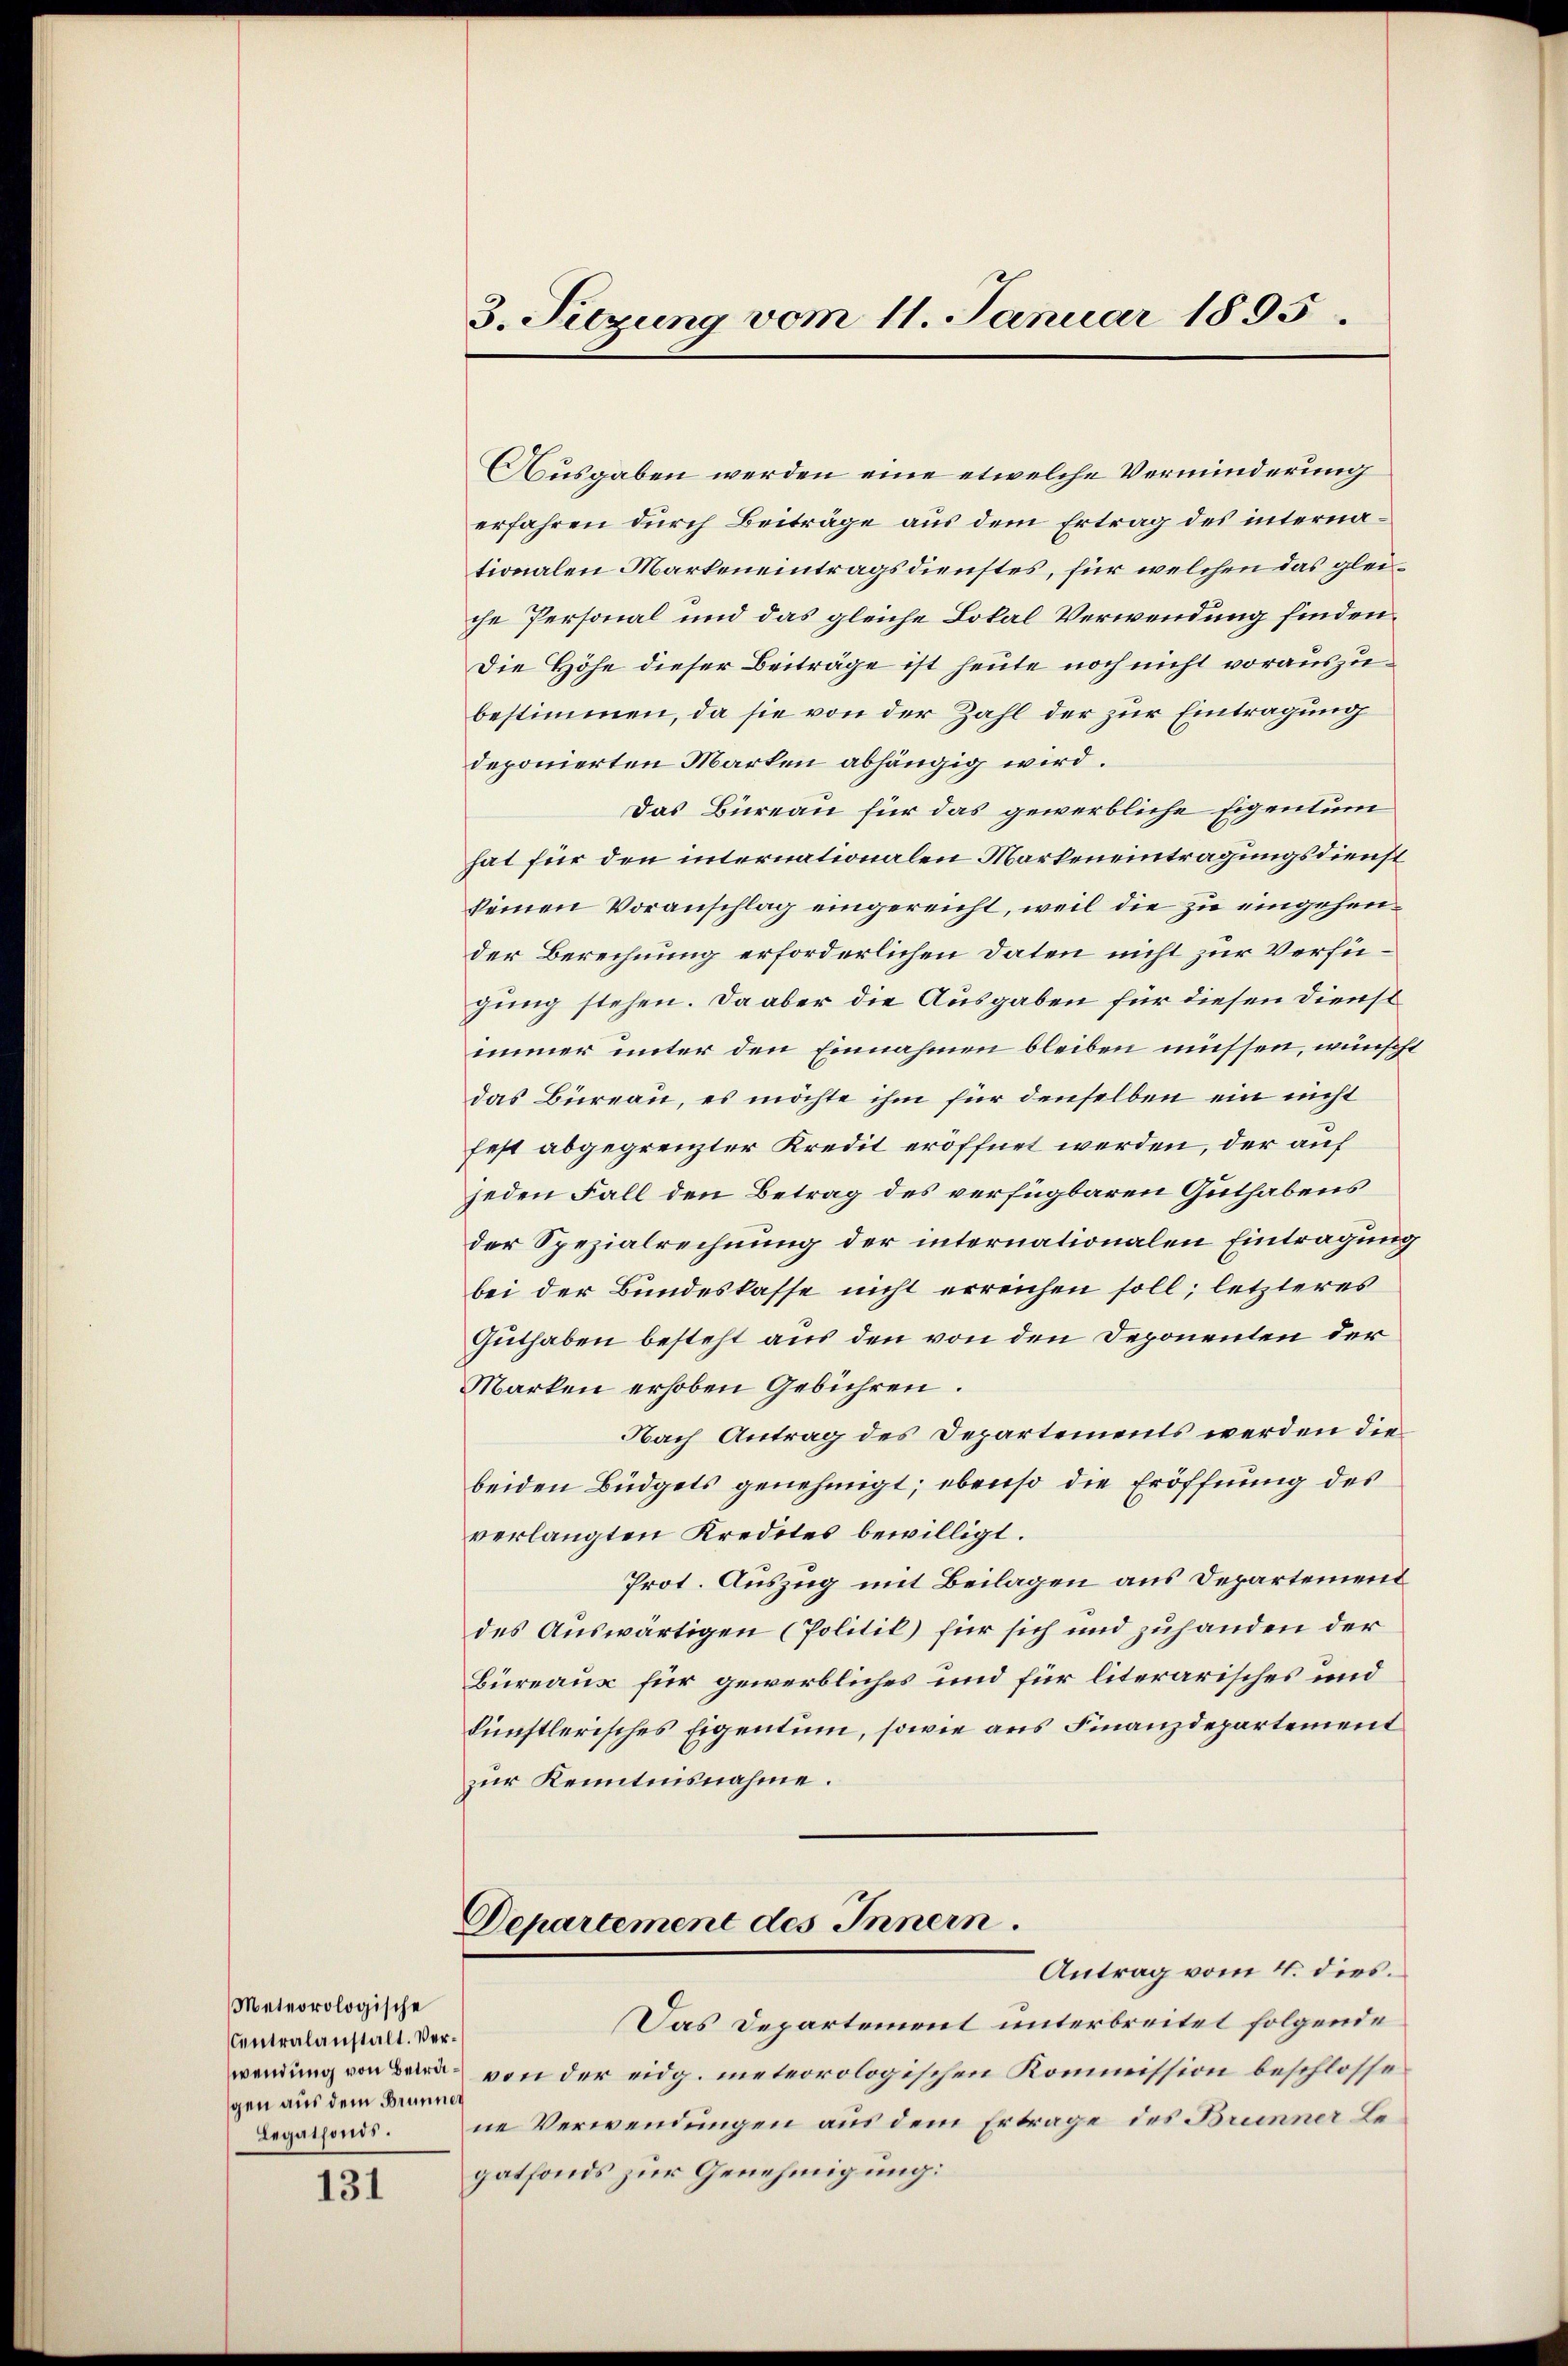
Meteorologische
Centralanstalt. Vergen aus dem Brunner
Legatfonds.

131

3. Suzung vom 11. Januar 1895.

Ausgaben werden eine etwelche Verminderung
erfahren durch Beiträge aus dem Ertrag des internationalen Markeneintragsdienstes, für welchen das gleiche Personal und das gleiche Lokal Verwendung finden.
Die Höhe dieser Beiträge ist heute noch nicht vorauszubestimmen, da sie von der Zahl der zur Eintragung
deponierten Marken abhängig wird.
Das Büreau für das gewerbliche Eigentum
hat für den internationalen Markeneintragungsdienst
seinen Voranschlag eingereicht, weil die zu eingehender Berechnung erforderlichen Daten nicht zur Verfügung stehen. Da aber die Ausgaben für diesen Dienst
immer unter den Einnahmen bleiben müssen, wünscht
das Büreau, es möchte ihm für denselben ein nicht
fest abgegrenzter Kredit eröffnet werden, der auf
jeden Fall den Betrag des verfügbaren Guthabens
der Spezialrechnung der internationalen Eintragung
bei der Bundeskasse nicht erreichen soll; letzteres
Guthaben besteht aus den von den Deponenten der
Marken erhoben Gebühren.
Nach Antrag des Departements werden die
beiden Büdgets genehmigt; ebenso die Eröffnung des
verlangten Kredites bewilligt.
Prot. Auszug mit Beilagen aus Departement
des Auswärtigen (Politil) für sich und zuhanden der
Büreaux für gewerbliches und für literarisches und
künstlerisches Eigentum, sowie aus Finanzdepartement
zur Kenntnisnahme.
Departement des Innern.
Antrag vom 4. dies.
Das Departement unterbreitet folgende
wendung von Bern von der eidg. meteorologischen Kommission beschlossene Verwendungen aus dem Ertrage des Brunner Legatfonds zur Genehmigung: